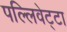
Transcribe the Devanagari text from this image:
पल्लिवेट्टा